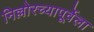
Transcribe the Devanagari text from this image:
निल्लोरच्यापूर्वेला